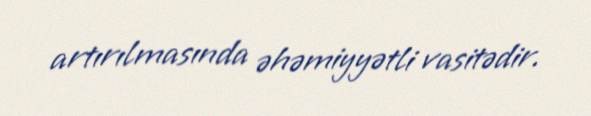
artırılmasında əhəmiyyətli vasitədir.